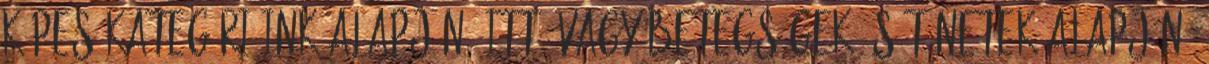
képes kategóriáink alapján, itt, vagy betegségek és tünetek alapján,